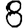
Digit: 8